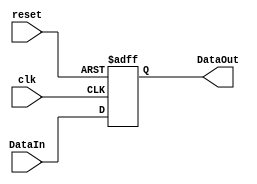
`timescale 1ns / 1ps

module Register #(parameter n = 21)(
    input [n-1:0] DataIn,
    output reg [n-1:0] DataOut,
    input reset,
    input clk
    );
	always @(posedge clk, posedge reset)
	 if (reset)
	 DataOut <= 0;
    else 
    DataOut <= DataIn; 
endmodule